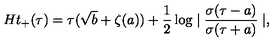
H t _ { + } ( \tau ) = \tau ( \sqrt { b } + \zeta ( a ) ) + \frac { 1 } { 2 } \log \mid \frac { \sigma ( \tau - a ) } { \sigma ( \tau + a ) } \mid ,